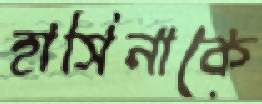
হাসিনাকে